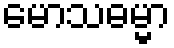
မောသဓမ္မာ